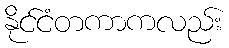
နိုင်ငံတကာကလည်း